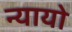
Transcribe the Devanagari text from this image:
न्यायो